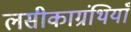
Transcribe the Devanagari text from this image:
लसीकाग्रंथियाँ